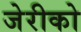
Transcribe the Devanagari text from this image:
जेरीको